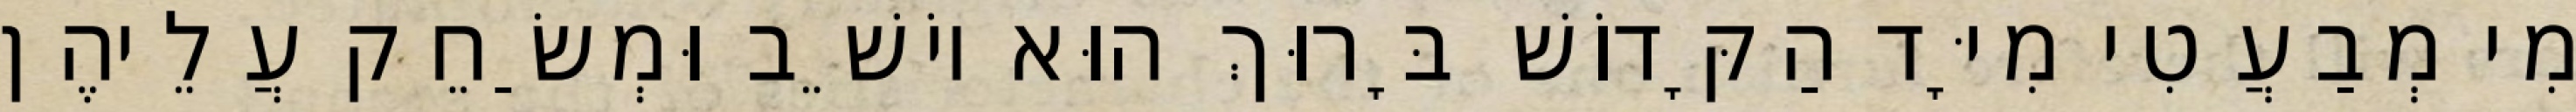
מִי מְבַעֲטִי מִיָּד הַקָּדוֹשׁ בָּרוּךְ הוּא יוֹשֵׁב וּמְשַׂחֵק עֲלֵיהֶן